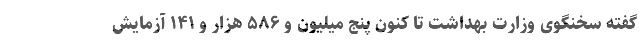
گفته‌ سخنگوی وزارت بهداشت تا کنون پنج میلیون و ۵۸۶ هزار و ۱۴۱ آزمایش